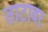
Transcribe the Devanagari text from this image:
ताटावर